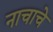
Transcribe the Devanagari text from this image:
नाचाचे